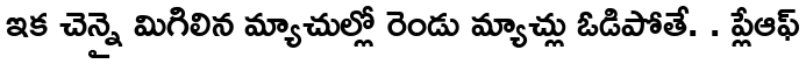
ఇక చెన్నై మిగిలిన మ్యాచుల్లో రెండు మ్యాచ్లు ఓడిపోతే. . ప్లేఆఫ్